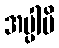
အပ္ပါပိ